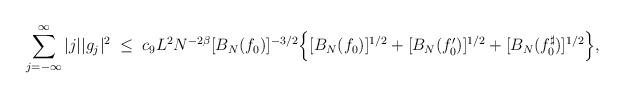
LaTeX: \begin{align*} \sum_{j=-\infty}^\infty |j| |g_j|^2 \;\leq\; c_{9} L^2N^{-2\beta} [B_N(f_0)]^{-3/2} \Big\{ [B_N(f_0)]^{1/2}+[B_N(f^\prime_0)]^{1/2} + [B_N(f^\sharp_0)]^{1/2}\Big\},\end{align*}